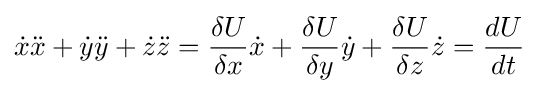
{\dot {x}}{\ddot {x}}+{\dot {y}}{\ddot {y}}+{\dot {z}}{\ddot {z}}={\frac {\delta U}{\delta x}}{\dot {x}}+{\frac {\delta U}{\delta y}}{\dot {y}}+{\frac {\delta U}{\delta z}}{\dot {z}}={\frac {dU}{dt}}